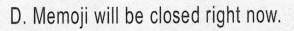
D.Memoj willbe closed right now